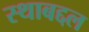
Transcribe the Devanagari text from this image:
स्थाबद्दल